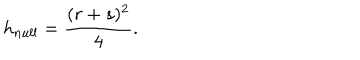
LaTeX: h _ { n u l l } = \frac { ( r + s ) ^ { 2 } } { 4 } .